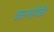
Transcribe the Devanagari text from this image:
कल्पांपैकी